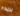
بريده